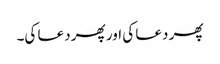
پھر دعا کی اور پھر دعا کی۔